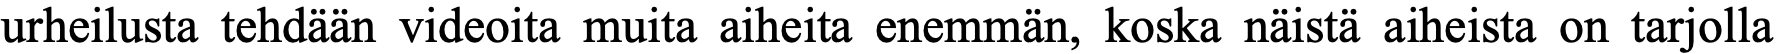
urheilusta tehdään videoita muita aiheita enemmän, koska näistä aiheista on tarjolla